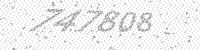
Solution: 747808